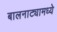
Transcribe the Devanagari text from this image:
बालनाट्यामध्ये